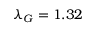
\lambda _ { G } = 1 . 3 2